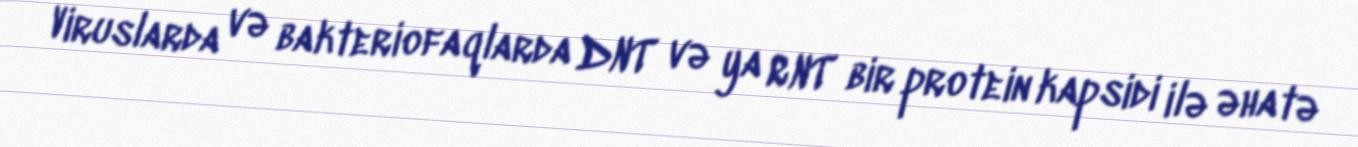
Viruslarda və bakteriofaqlarda DNT və ya RNT bir protein kapsidi ilə əhatə